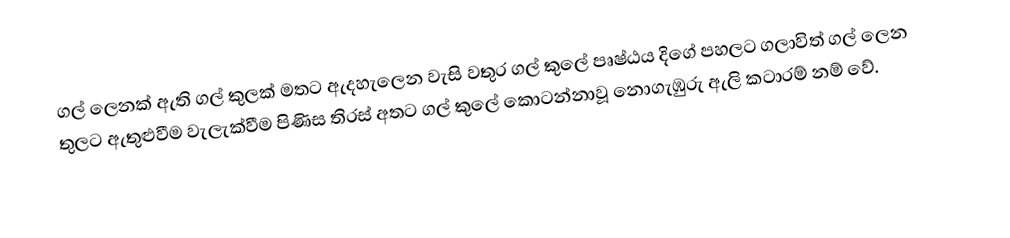
ගල් ලෙනක් ඇති ගල් කුලක් මතට ඇදහැලෙන වැසි වතුර ගල් කුලේ පෘෂ්ඨය දිගේ පහලට ගලාවිත් ගල් ලෙන තුලට ඇතුළුවීම වැලැක්වීම පිණිස තිරස් අතට ගල් කුලේ කොටන්නාවූ නොගැඹුරු ඇලි  කටාරම් නම් වේ.